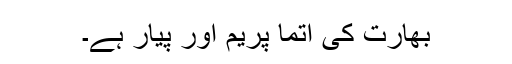
بھارت کی آتما پریم اور پیار ہے۔